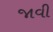
જાવી